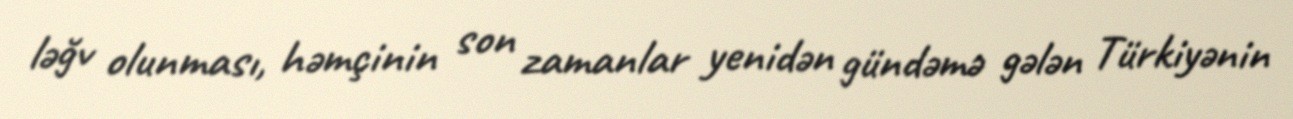
ləğv olunması, həmçinin son zamanlar yenidən gündəmə gələn Türkiyənin